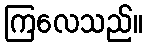
ကြလေသည်။